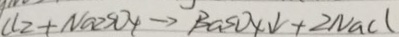
C l _ { 2 } + N a _ { 2 } S O _ { 4 } \rightarrow B a S O _ { 4 } \downarrow + 2 N a C l